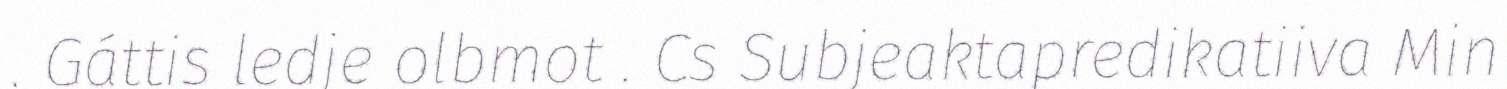
. Gáttis ledje olbmot . Cs Subjeaktapredikatiiva Min